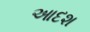
આદશ